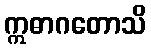
ဣဓာဂတောသိ